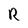
Character: R